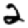
Digit: 2